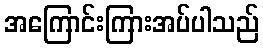
အကြောင်းကြားအပ်ပါသည်